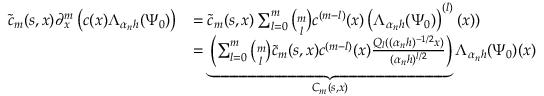
\begin{array} { r l } { \tilde { c } _ { m } ( s , x ) \partial _ { x } ^ { m } \left( c ( x ) \Lambda _ { \alpha _ { n } h } ( \Psi _ { 0 } ) \right) } & { = \tilde { c } _ { m } ( s , x ) \sum _ { l = 0 } ^ { m } { \binom { m } { l } } c ^ { ( m - l ) } ( x ) \left( \Lambda _ { \alpha _ { n } h } ( \Psi _ { 0 } ) \right) ^ { ( l ) } ( x ) ) } \\ & { = \underbrace { \left( \sum _ { l = 0 } ^ { m } { \binom { m } { l } } \tilde { c } _ { m } ( s , x ) c ^ { ( m - l ) } ( x ) \frac { Q _ { l } ( ( \alpha _ { n } h ) ^ { - 1 / 2 } x ) } { ( \alpha _ { n } h ) ^ { l / 2 } } \right) } _ { C _ { m } ( s , x ) } \Lambda _ { \alpha _ { n } h } ( \Psi _ { 0 } ) ( x ) } \end{array}